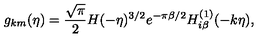
g _ { k m } ( \eta ) = \frac { \sqrt { \pi } } { 2 } H ( - \eta ) ^ { 3 / 2 } e ^ { - \pi \beta / 2 } H _ { i \beta } ^ { ( 1 ) } ( - k \eta ) ,